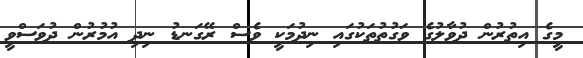
މީގެ އިތުރުން ދުވާލުގެ ވަގުތުތަކުގައި ނިދުމަކީ ވެސް ރޭގަނޑު ނިދި އުމުރުން ދުވަސްވީ